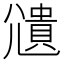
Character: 𫵒